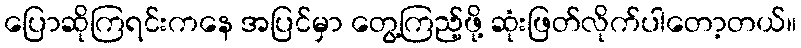
ပြောဆိုကြရင်းကနေ အပြင်မှာ တွေ့ကြည့်ဖို့ ဆုံးဖြတ်လိုက်ပါတော့တယ်။